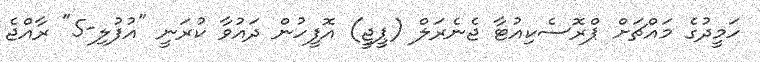
ހަމީދުގެ މައްޗަށް ޕްރޮސެކިއުޓާ ޖެނެރަލް (ޕީޖީ) އޮފީހުން ދައުވާ ކުރަނީ "އުފުލި-5" ރާއްޖެ